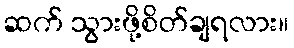
ဆက် သွားဖို့စိတ်ချရလား။